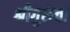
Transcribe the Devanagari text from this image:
श्रीगुरुंचा